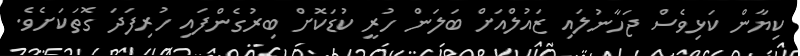
ކިޔާން ކަޅިވެސް ޖަހާނުލައި ޒައުލްއަށް ބަލަން ހުރީ ކުޑަކޮށް ބިރުގެންފައި ހުރިފަދަ ގޮތަކަށެވެ.